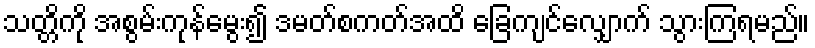
သတ္တိကို အစွမ်းကုန်မွေး၍ ဒမတ်စကတ်အထိ ခြေကျင်လျှောက် သွားကြရမည်။